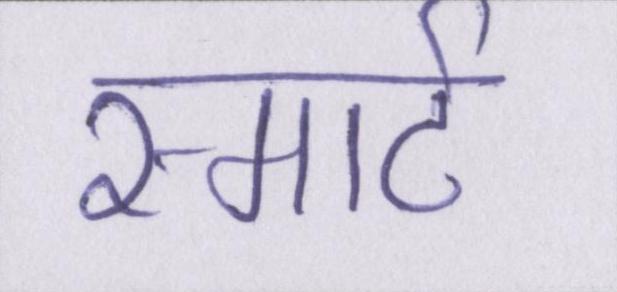
स्मार्ट